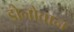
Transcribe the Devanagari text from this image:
डोनोवान